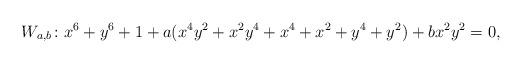
LaTeX: \begin{align*}W_{a,b}\colon x^6+y^6+1+a (x^4y^2+x^2y^4+x^4+x^2+y^4+y^2)+b x^2y^2=0,\end{align*}